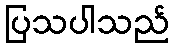
ပြသပါသည်